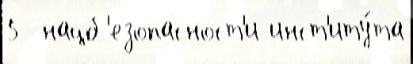
5  нацб'езопасност'и инст'иту́та